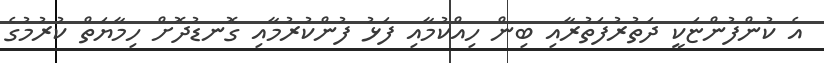
އެ ކުންފުންޏަކީ ދަތުރުފަތުރާއި ބިން ހިއްކުމާއި ފަޅު ފުންކުރުމާއި ގޮނޑުދޮށް ހިމާޔަތް ކުރުމުގެ